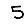
Digit: 5